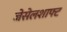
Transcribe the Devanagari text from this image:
जेसेलशाफ्ट